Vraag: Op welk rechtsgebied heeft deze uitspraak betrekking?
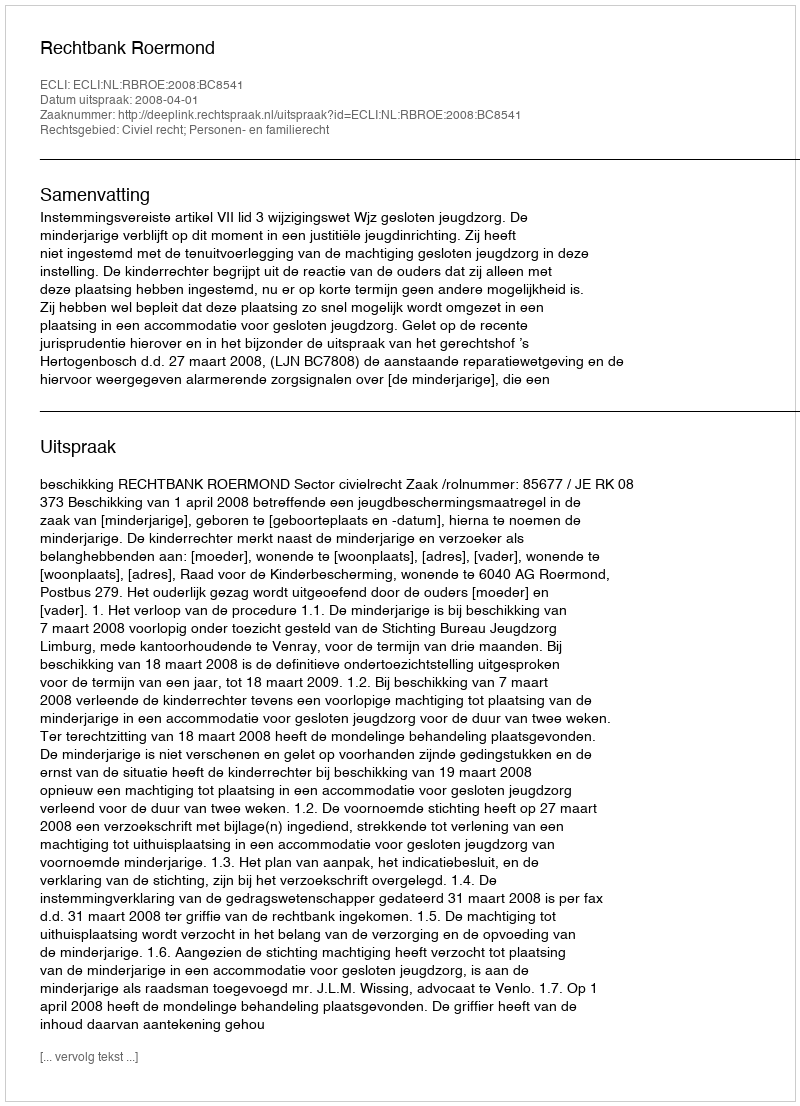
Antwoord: Civiel recht; Personen- en familierecht